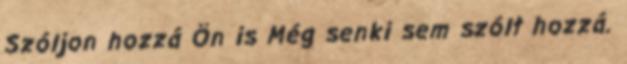
Szóljon hozzá Ön is Még senki sem szólt hozzá.